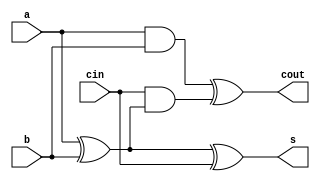
module fa(
    input a,
    input b,
    input cin,
    output s,
    output cout
);

    assign s = a ^ b  ^ cin;
    assign cout = (a & b) ^ (cin & (a ^ b));

endmodule


module ha(
    input a,
    input b,
    output s,
    output cout
);

    assign s = a ^ b;
    assign cout = a & b;

endmodule


module basic_unit_ha_and(
    input in_x,
    input in_a,
    input in_b,
    output s,
    output cout
);

    wire in_y;
    assign in_y = in_a & in_b;

    assign s = in_x ^ in_y;
    assign cout = in_x & in_y;

endmodule


module basic_unit_ha_nand(
    input in_x,
    input in_a,
    input in_b,
    output s,
    output cout
);

    wire in_y;
    assign in_y = ~(in_a & in_b);

    assign s = in_x ^ in_y;
    assign cout = in_x & in_y;

endmodule


module basic_unit_fa_and(
    input in_x,
    input in_a,
    input in_b,
    input cin,
    output s,
    output cout
);

    wire in_y;
    assign in_y = in_a & in_b;

    assign s = in_x ^ in_y ^ cin;
    assign cout = (in_x & in_y) ^ (cin & (in_x ^ in_y));

endmodule


module basic_unit_fa_nand(
    input in_x,
    input in_a,
    input in_b,
    input cin,
    output s,
    output cout
);

    wire in_y;
    assign in_y = ~(in_a & in_b);

    assign s = in_x ^ in_y ^ cin;
    assign cout = (in_x & in_y) ^ (cin & (in_x ^ in_y));

endmodule



module basic_unit_first_line(
    input [7:0] in_x,
    input [7:0] in_a,
    input in_b,
    output [7:0] s,
    output [7:0] cout
);

    basic_unit_ha_and i_buha_0 (.in_x(in_x[0]), .in_a(in_a[0]), .in_b(in_b), .s(s[0]), .cout(cout[0]));
    basic_unit_ha_and i_buha_1 (.in_x(in_x[1]), .in_a(in_a[1]), .in_b(in_b), .s(s[1]), .cout(cout[1]));
    basic_unit_ha_and i_buha_2 (.in_x(in_x[2]), .in_a(in_a[2]), .in_b(in_b), .s(s[2]), .cout(cout[2]));
    basic_unit_ha_and i_buha_3 (.in_x(in_x[3]), .in_a(in_a[3]), .in_b(in_b), .s(s[3]), .cout(cout[3]));
    basic_unit_ha_and i_buha_4 (.in_x(in_x[4]), .in_a(in_a[4]), .in_b(in_b), .s(s[4]), .cout(cout[4]));
    basic_unit_ha_and i_buha_5 (.in_x(in_x[5]), .in_a(in_a[5]), .in_b(in_b), .s(s[5]), .cout(cout[5]));
    basic_unit_ha_and i_buha_6 (.in_x(in_x[6]), .in_a(in_a[6]), .in_b(in_b), .s(s[6]), .cout(cout[6]));
    basic_unit_ha_nand i_buhna_7 (.in_x(in_x[7]), .in_a(in_a[7]), .in_b(in_b), .s(s[7]), .cout(cout[7]));


endmodule




module basic_unit_line(
    input [7:0] in_x,
    input [7:0] in_a,
    input in_b,
    input [7:0] cin,
    output [7:0] s,
    output [7:0] cout
);

    basic_unit_fa_and i_bufa_0 (.in_x(in_x[0]), .in_a(in_a[0]), .in_b(in_b), .cin(cin[0]), .s(s[0]), .cout(cout[0]));
    basic_unit_fa_and i_bufa_1 (.in_x(in_x[1]), .in_a(in_a[1]), .in_b(in_b), .cin(cin[1]), .s(s[1]), .cout(cout[1]));
    basic_unit_fa_and i_bufa_2 (.in_x(in_x[2]), .in_a(in_a[2]), .in_b(in_b), .cin(cin[2]), .s(s[2]), .cout(cout[2]));
    basic_unit_fa_and i_bufa_3 (.in_x(in_x[3]), .in_a(in_a[3]), .in_b(in_b), .cin(cin[3]), .s(s[3]), .cout(cout[3]));
    basic_unit_fa_and i_bufa_4 (.in_x(in_x[4]), .in_a(in_a[4]), .in_b(in_b), .cin(cin[4]), .s(s[4]), .cout(cout[4]));
    basic_unit_fa_and i_bufa_5 (.in_x(in_x[5]), .in_a(in_a[5]), .in_b(in_b), .cin(cin[5]), .s(s[5]), .cout(cout[5]));
    basic_unit_fa_and i_bufa_6 (.in_x(in_x[6]), .in_a(in_a[6]), .in_b(in_b), .cin(cin[6]), .s(s[6]), .cout(cout[6]));
    basic_unit_fa_nand i_bufna_7 (.in_x(in_x[7]), .in_a(in_a[7]), .in_b(in_b), .cin(cin[7]), .s(s[7]), .cout(cout[7]));


endmodule




module basic_unit_last_line(
    input [7:0] in_x,
    input [7:0] in_a,
    input in_b,
    input [7:0] cin,
    output [7:0] s,
    output [7:0] cout
);

    basic_unit_fa_nand i_bufna_0 (.in_x(in_x[0]), .in_a(in_a[0]), .in_b(in_b), .cin(cin[0]), .s(s[0]), .cout(cout[0]));
    basic_unit_fa_nand i_bufna_1 (.in_x(in_x[1]), .in_a(in_a[1]), .in_b(in_b), .cin(cin[1]), .s(s[1]), .cout(cout[1]));
    basic_unit_fa_nand i_bufna_2 (.in_x(in_x[2]), .in_a(in_a[2]), .in_b(in_b), .cin(cin[2]), .s(s[2]), .cout(cout[2]));
    basic_unit_fa_nand i_bufna_3 (.in_x(in_x[3]), .in_a(in_a[3]), .in_b(in_b), .cin(cin[3]), .s(s[3]), .cout(cout[3]));
    basic_unit_fa_nand i_bufna_4 (.in_x(in_x[4]), .in_a(in_a[4]), .in_b(in_b), .cin(cin[4]), .s(s[4]), .cout(cout[4]));
    basic_unit_fa_nand i_bufna_5 (.in_x(in_x[5]), .in_a(in_a[5]), .in_b(in_b), .cin(cin[5]), .s(s[5]), .cout(cout[5]));
    basic_unit_fa_nand i_bufna_6 (.in_x(in_x[6]), .in_a(in_a[6]), .in_b(in_b), .cin(cin[6]), .s(s[6]), .cout(cout[6]));
    basic_unit_fa_and i_bufa_7 (.in_x(in_x[7]), .in_a(in_a[7]), .in_b(in_b), .cin(cin[7]), .s(s[7]), .cout(cout[7]));


endmodule


module adder_9bit_unit(
    input   [8:0] a,
    input   [8:1] b,
    output  [8:0] out
);

    wire [8:0] s;
    wire [8:0] cout;

    ha i_ha_0 (.a(a[0]), .b(1'b0), .s(s[0]), .cout(cout[0]));
    generate 
        genvar i_adder;
        for(i_adder=1; i_adder<9; i_adder=i_adder+1) begin: adder_for_bits
            fa i_fa (.a(a[i_adder]), .b(b[i_adder]), .cin(cout[i_adder-1]), .s(s[i_adder]), .cout(cout[i_adder]));
        end
    endgenerate

    assign out[8:0] = s[8:0];


endmodule


module adder_24bit(
    input   [23:0] a,
    input   [23:0] b,
    output  [23:0] out
);

    wire [23:0] s;
    wire [23:0] cout;

    ha i_ha_0 (.a(a[0]), .b(b[0]), .s(s[0]), .cout(cout[0]));
    generate 
        genvar i_adder;
        for(i_adder=1; i_adder<24; i_adder=i_adder+1) begin: adder_for_bits
            fa i_fa (.a(a[i_adder]), .b(b[i_adder]), .cin(cout[i_adder-1]), .s(s[i_adder]), .cout(cout[i_adder]));
        end
    endgenerate

    assign out[23:0] = s[23:0];


endmodule


module adder_32bit(
    input   [31:0] a,
    input   [31:0] b,
    output  [31:0] out
);

    wire [31:0] s;
    wire [31:0] cout;

    ha i_ha_0 (.a(a[0]), .b(b[0]), .s(s[0]), .cout(cout[0]));
    generate 
        genvar i_adder;
        for(i_adder=1; i_adder<32; i_adder=i_adder+1) begin: adder_for_bits
            fa i_fa (.a(a[i_adder]), .b(b[i_adder]), .cin(cout[i_adder-1]), .s(s[i_adder]), .cout(cout[i_adder]));
        end
    endgenerate

    assign out[31:0] = s[31:0];


endmodule